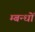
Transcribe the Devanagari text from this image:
म्बन्धों